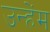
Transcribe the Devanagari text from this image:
उन्हेंम